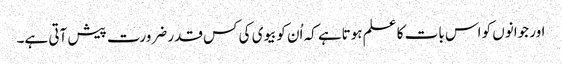
اور جوانوں کو اس بات کا علم ہوتاہے کہ اُن کوبیوی کی کس قدر ضرورت پیش آتی ہے۔